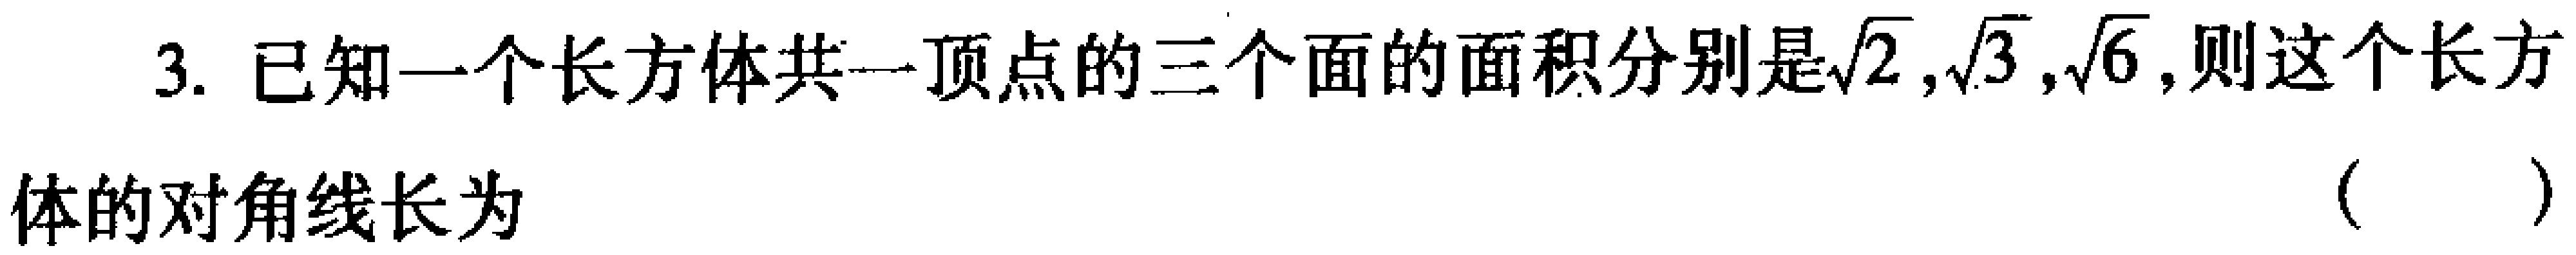
3. 已知一个长方体共一顶点的三个面的面积分别是\(\sqrt{2},\sqrt{3},\sqrt{6}\),则这个长方体的对角线长为 （  ）